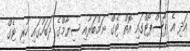
އަދި އެ ޕާސްޕޯޓްގައި އޮތް ޓެގް ނަމްބަރާއި ސިޔާމްގެ ދަބަހުގައި ހުރި ޓެގް